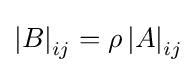
\left|B\right|_{ij}=\rho \left|A\right|_{ij}